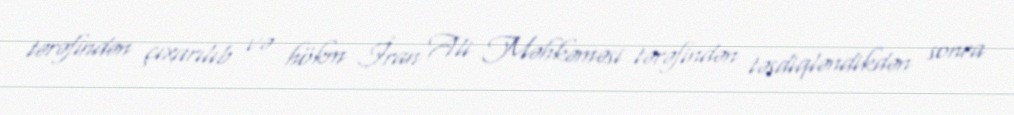
tərəfindən çıxarılıb və hökm İran Ali Məhkəməsi tərəfindən təsdiqləndikdən sonra